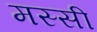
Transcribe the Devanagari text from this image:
मस्सी